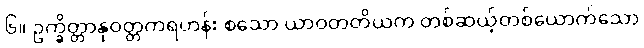
၆။ ဥက္ခိတ္တာနုဝတ္တကရဟန်း စသော ယာဝတတိယက တစ်ဆယ့်တစ်ယောက်သော